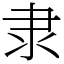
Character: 隶